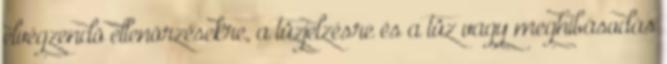
elvégzendõ ellenõrzésekre, a tûzjelzésre és a tûz vagy meghibásodás